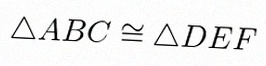
\triangle ABC\cong\triangle DEF